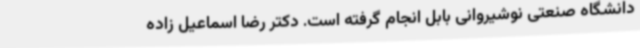
دانشگاه صنعتی نوشیروانی بابل انجام گرفته است. دکتر رضا اسماعیل زاده